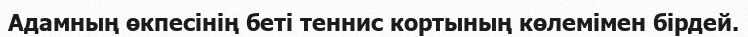
Адамның өкпесінің беті теннис кортының көлемімен бірдей.